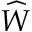
\widehat { W }